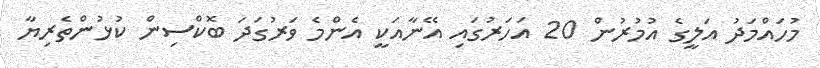
މުހައްމަދު އަލީގެ އުމުރުން 20 އަހަރުގައި އޭނާއަކީ އެންމެ ވަރުގަދަ ބޮކްސިން ކުޅުންތެރިޔާ